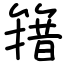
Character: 簎